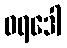
ဝရဒေါ